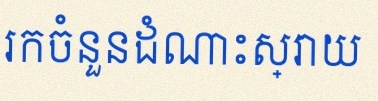
រកចំនួនដំណោះស្រាយ